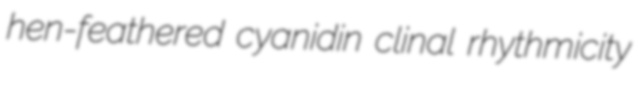
hen-feathered cyanidin clinal rhythmicity